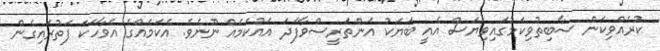
ކުރެއްވިކަން ސާބިތުވިކަމުގައިވިޔަސް އެއީ ބަޔަކު އަންތަރީސްވާފަދަ އައުކަމެއް ނޫނެވެ. އެކަމެއްގެ އެވާހަކަ ފަތުރައިގެން